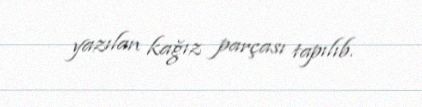
yazılan kağız parçası tapılıb.